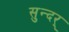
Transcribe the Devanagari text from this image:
सुन्दर्